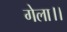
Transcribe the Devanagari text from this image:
गेला।।